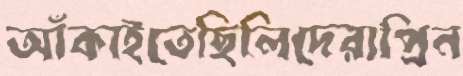
আঁকাইতেছিলিদেরাপ্রিন